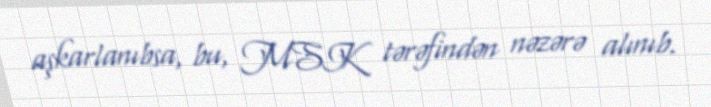
aşkarlanıbsa, bu, MSK tərəfindən nəzərə alınıb.